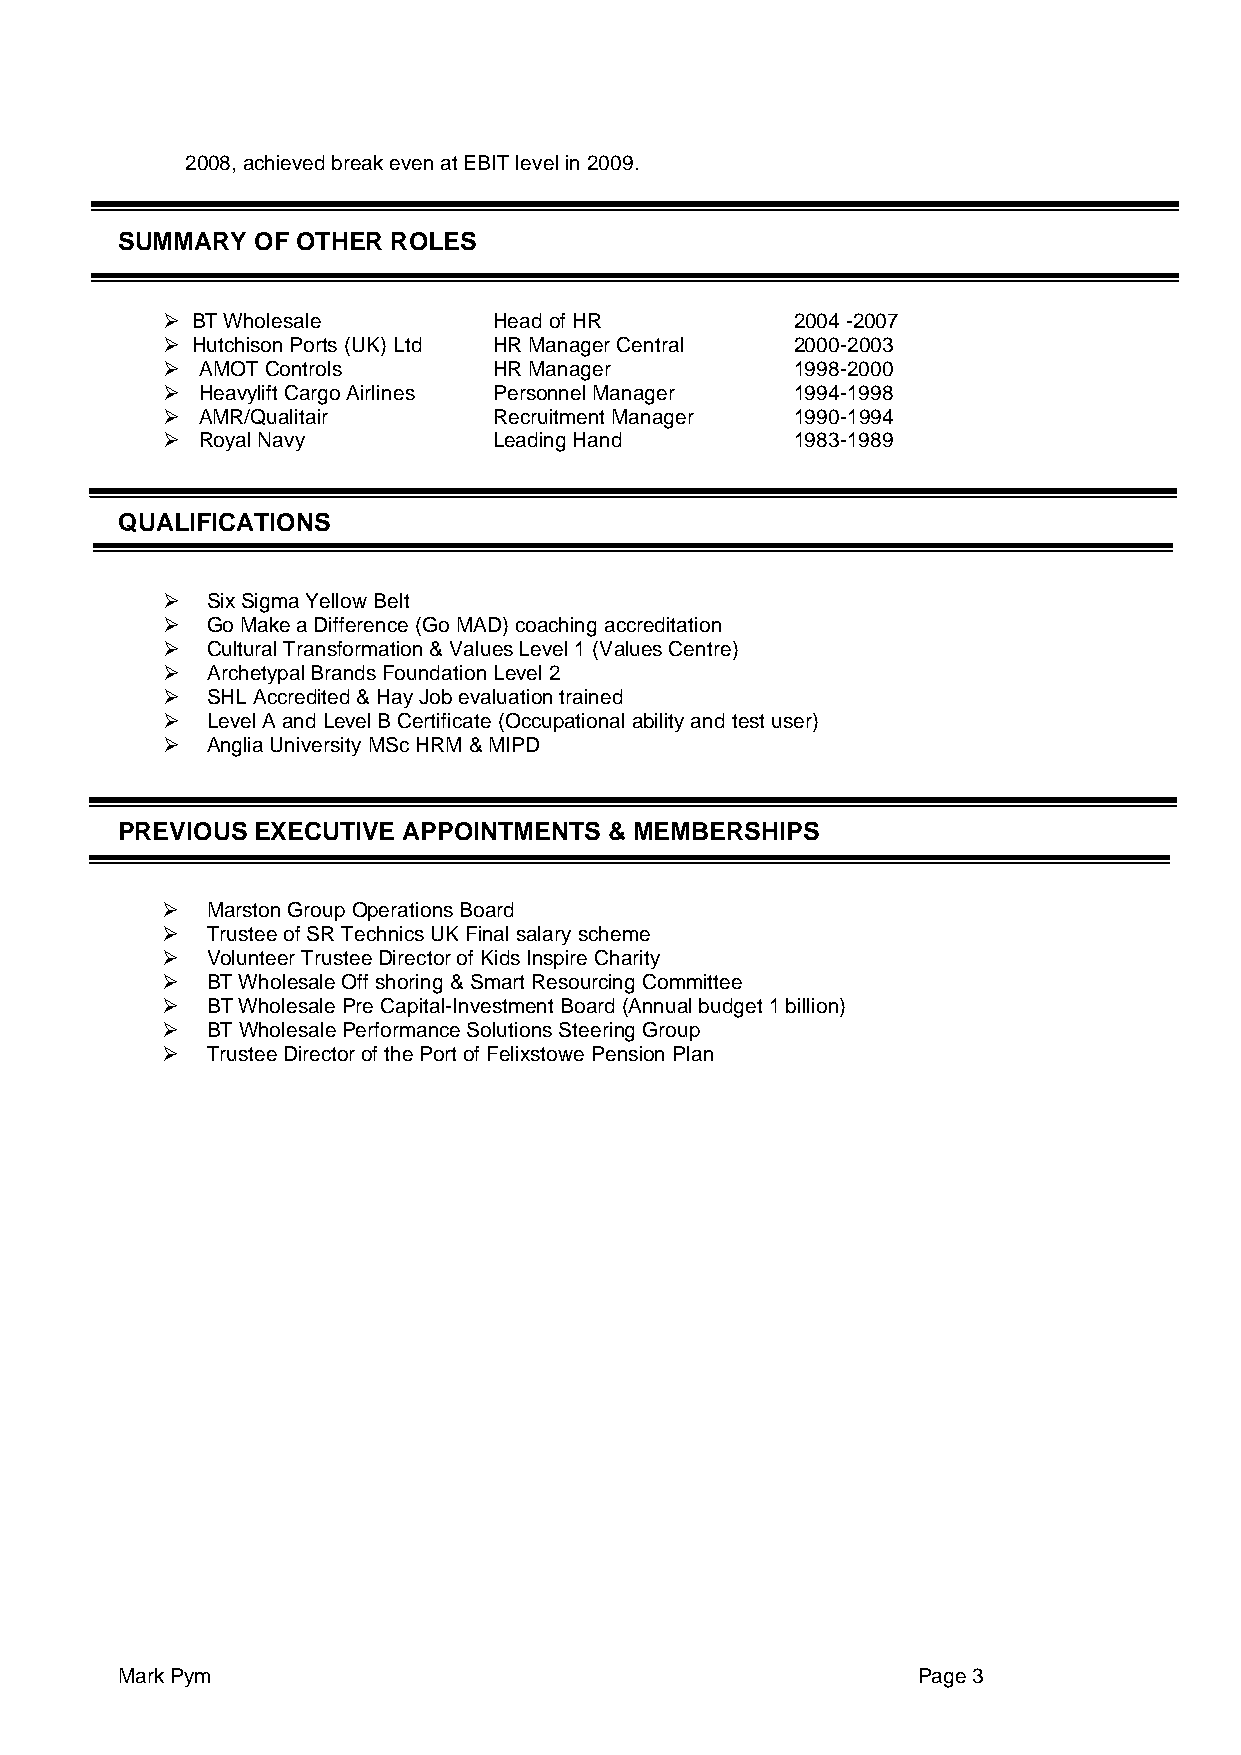
2008, achieved break even at EBIT level in 2009.
 SUMMARY  OF OTHER ROLES
 ➢ BT Wholesale        Head of HR          2004 -2007
 ➢ Hutchison Ports (UK) Ltd HR Manager Central 2000-2003
 ➢ AMOT Controls       HR Manager          1998-2000
 ➢ Heavylift Cargo Airlines Personnel Manager 1994-1998
 ➢ AMR/Qualitair       Recruitment Manager 1990-1994
 ➢ Royal Navy          Leading Hand        1983-1989
 QUALIFICATIONS
 ➢  Six Sigma Yellow Belt
 ➢  Go Make a Difference (Go MAD) coaching accreditation
 ➢  Cultural Transformation & Values Level 1 (Values Centre)
 ➢  Archetypal Brands Foundation Level 2
 ➢  SHL Accredited & Hay Job evaluation trained
 ➢  Level A and Level B Certificate (Occupational ability and test user)
 ➢  Anglia University MSc HRM & MIPD
 PREVIOUS EXECUTIVE APPOINTMENTS & MEMBERSHIPS
 ➢  Marston Group Operations Board
 ➢  Trustee of SR Technics UK Final salary scheme
 ➢  Volunteer Trustee Director of Kids Inspire Charity
 ➢  BT Wholesale Off shoring & Smart Resourcing Committee
 ➢  BT Wholesale Pre Capital-Investment Board (Annual budget 1 billion)
 ➢  BT Wholesale Performance Solutions Steering Group
 ➢  Trustee Director of the Port of Felixstowe Pension Plan
 Mark Pym                                             Page 3